Vaccine operations Central Provinces 1886-1899 - 1886-1899
Year: 1886
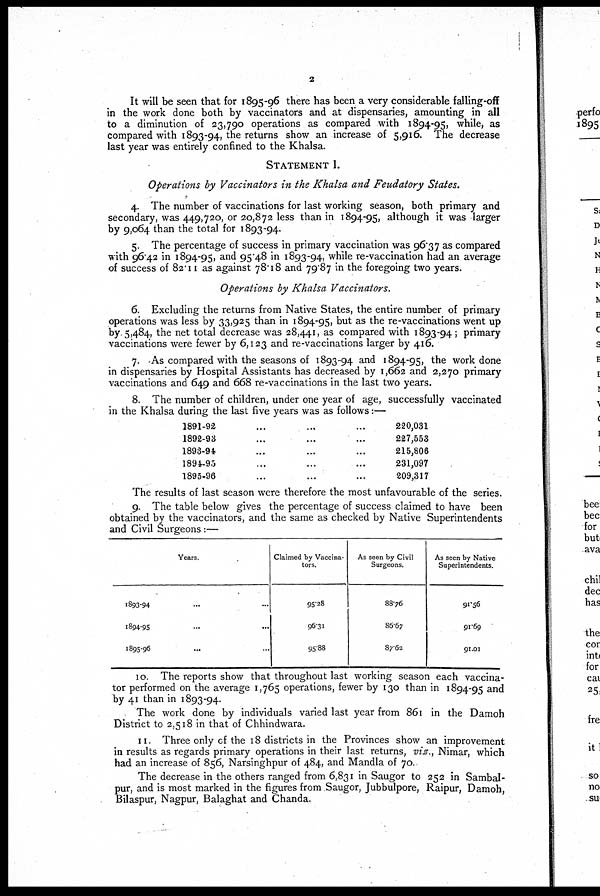
2
It will be seen that for 1895-96 there has been a very considerable falling-off
in the work done both by vaccinators and at dispensaries, amounting in all
to a diminution of 23,790 operations as compared with 1894-95, while, as
compared with 1893-94, the returns show an increase of 5,916. The decrease
last year was entirely confined to the Khalsa.
STATEMENT I.
Operations by Vaccinators in the Khalsa and Feudatory States.
4. The number of vaccinations for last working season, both primary and
secondary, was 449,720, or 20,872 less than in 1894-95, although it was larger
by 9,064 than the total for 1893-94.
5. The percentage of success in primary vaccination was 96.37 as compared
with 96.42 in 1894-95, and 95.48 in 1893-94, while re-vaccination had an average
of success of 82.11 as against 78.18 and 79.87 in the foregoing two years.
Operations by Khalsa Vaccinators.
6. Excluding the returns from Native States, the entire number of primary
operations was less by 33,925 than in 1894-95, but as the re-vaccinations went up
by 5,484, the net total decrease was 28,441, as compared with 1893-94; primary
vaccinations were fewer by 6,123 and re-vaccinations larger by 416.
7. As compared with the seasons of 1893-94 and 1894-95, the work done
in dispensaries by Hospital Assistants has decreased by 1,662 and 2,270 primary
vaccinations and 649 and 668 re-vaccinations in the last two years.
8. The number of children, under one year of age, successfully vaccinated
in the Khalsa during the last five years was as follows:—
1891-92 ... ... ...
1892-93 ... ... ...
1898-94 ... ... ...
1894-95 ... ... ...
1895-96 ... ... ...
220,031
227,553
215,806
231,097
209,317
The results of last season were therefore the most unfavourable of the series.
9. The table below gives the percentage of success claimed to have been
obtained by the vaccinators, and the same as checked by Native Superintendents
and Civil Surgeons:—
Years.
1893-94 ... ...
1894-95 ... ...
1895-96 ... ...
Claimed by Vaccina-
tors.
95.28
96.31
95.88
As seen by Civil
Surgeons.
88.76
86.67
87.62
As seen by Native
Superintendents.
91.56
91.69
91.01
10. The reports show that throughout last working season each vaccina-
tor performed on the average 1,765 operations, fewer by 130 than in 1894-95 and
by 41 than in 1893-94.
The work done by individuals varied last year from 861 in the Damoh
District to 2,518 in that of Chhindwara.
11. Three only of the 18 districts in the Provinces show an improvement
in results as regards primary operations in their last returns, viz., Nimar, which
had an increase of 856, Narsinghpur of 484, and Mandla of 70.
The decrease in the others ranged from 6,831 in Saugor to 252 in Sambal-
pur, and is most marked in the figures from Saugor, Jubbulpore, Raipur, Damoh,
Bilaspur, Nagpur, Balaghat and Chanda.